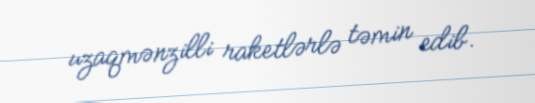
uzaqmənzilli raketlərlə təmin edib.